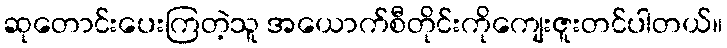
ဆုတောင်းပေးကြတဲ့သူ အယောက်စီတိုင်းကိုကျေးဇူးတင်ပါတယ်။